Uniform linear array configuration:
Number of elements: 24
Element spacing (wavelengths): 0.5
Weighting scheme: uniform
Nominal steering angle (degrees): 0
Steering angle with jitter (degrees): -0.7258
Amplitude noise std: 0.05
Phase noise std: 0.05

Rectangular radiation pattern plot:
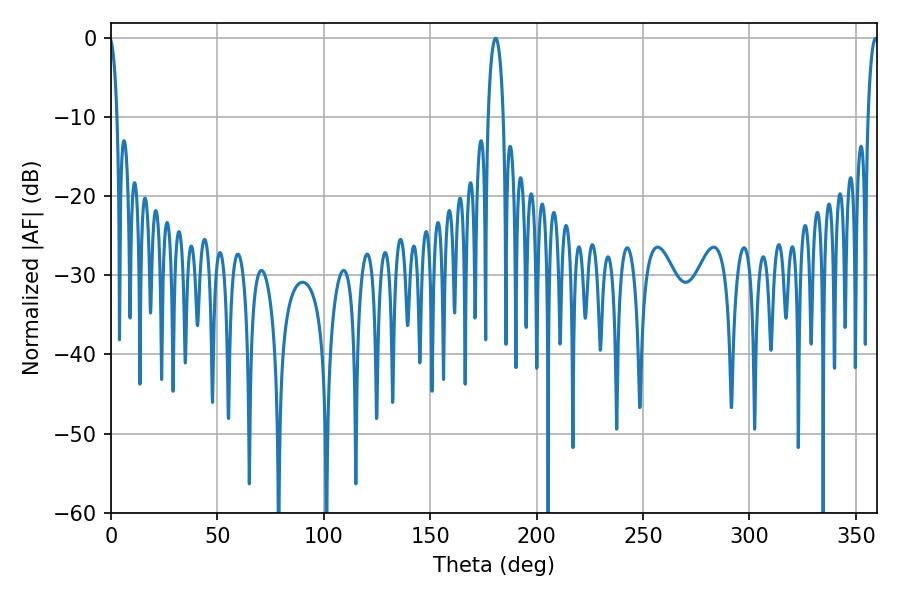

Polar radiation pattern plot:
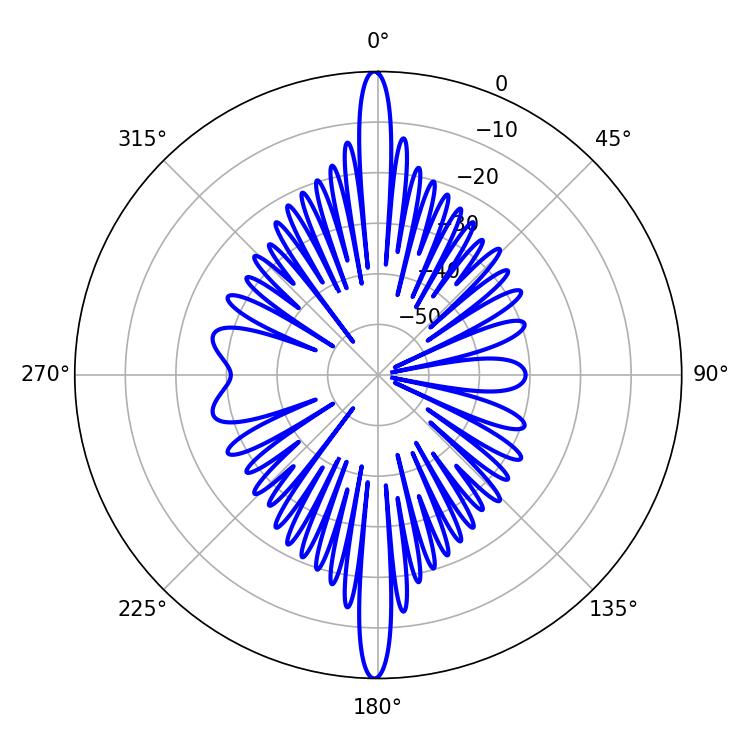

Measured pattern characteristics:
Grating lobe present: FALSE
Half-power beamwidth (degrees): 3.96
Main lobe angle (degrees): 180.72